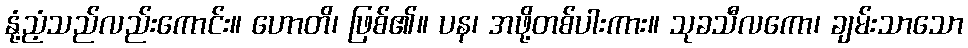
နုံ့ညံ့သည်လည်းကောင်း။ ဟောတိ၊ ဖြစ်၏။ ပန၊ အဖို့တစ်ပါးကား။ သုခသီလကော၊ ချမ်းသာသော